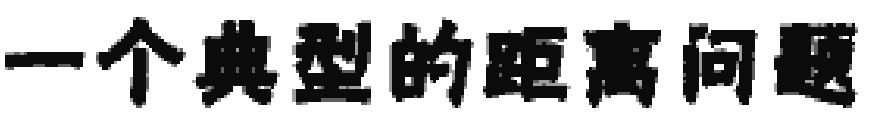
一个典型的距离问题